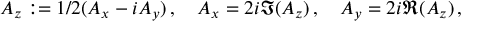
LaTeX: A _ { z } : = 1 / 2 ( A _ { x } - i A _ { y } ) \, , \quad A _ { x } = 2 i \Im ( A _ { z } ) \, , \quad A _ { y } = 2 i \Re ( A _ { z } ) \, ,